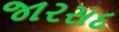
જારસદ